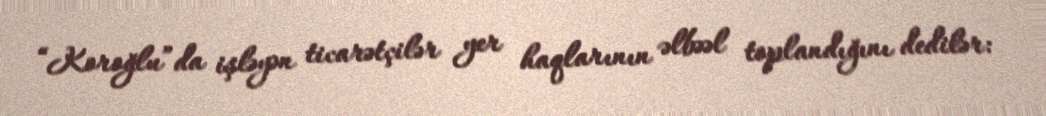
“Koroğlu”da işləyən ticarətçilər yer haqlarının əlbəəl toplandığını dedilər: